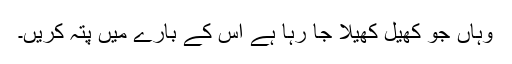
وہاں جو کھیل کھیلا جا رہا ہے اس کے بارے میں پتہ کریں۔